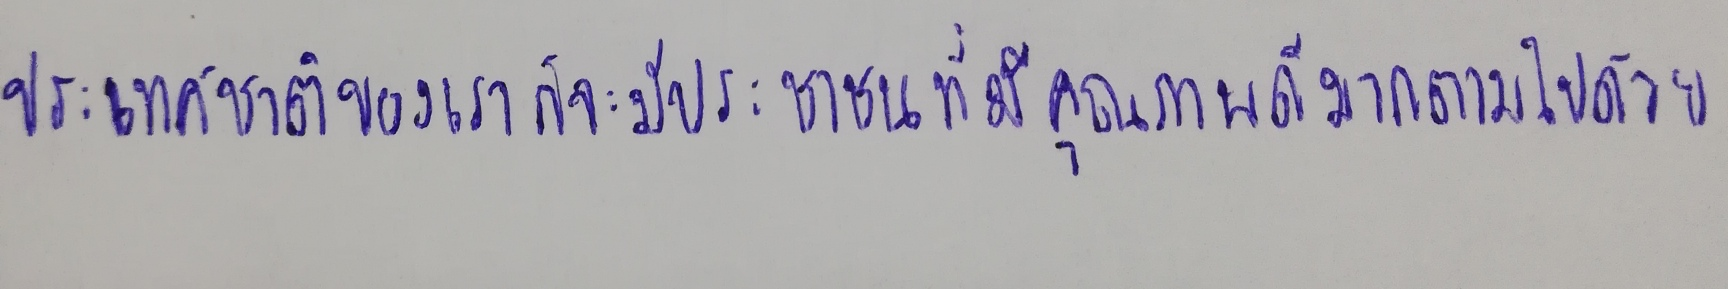
ประเทศชาติของเราก็จะมีประชาชนที่มีคุณภาพดีมากตามไปด้วย